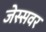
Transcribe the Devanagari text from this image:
जेस्सवर